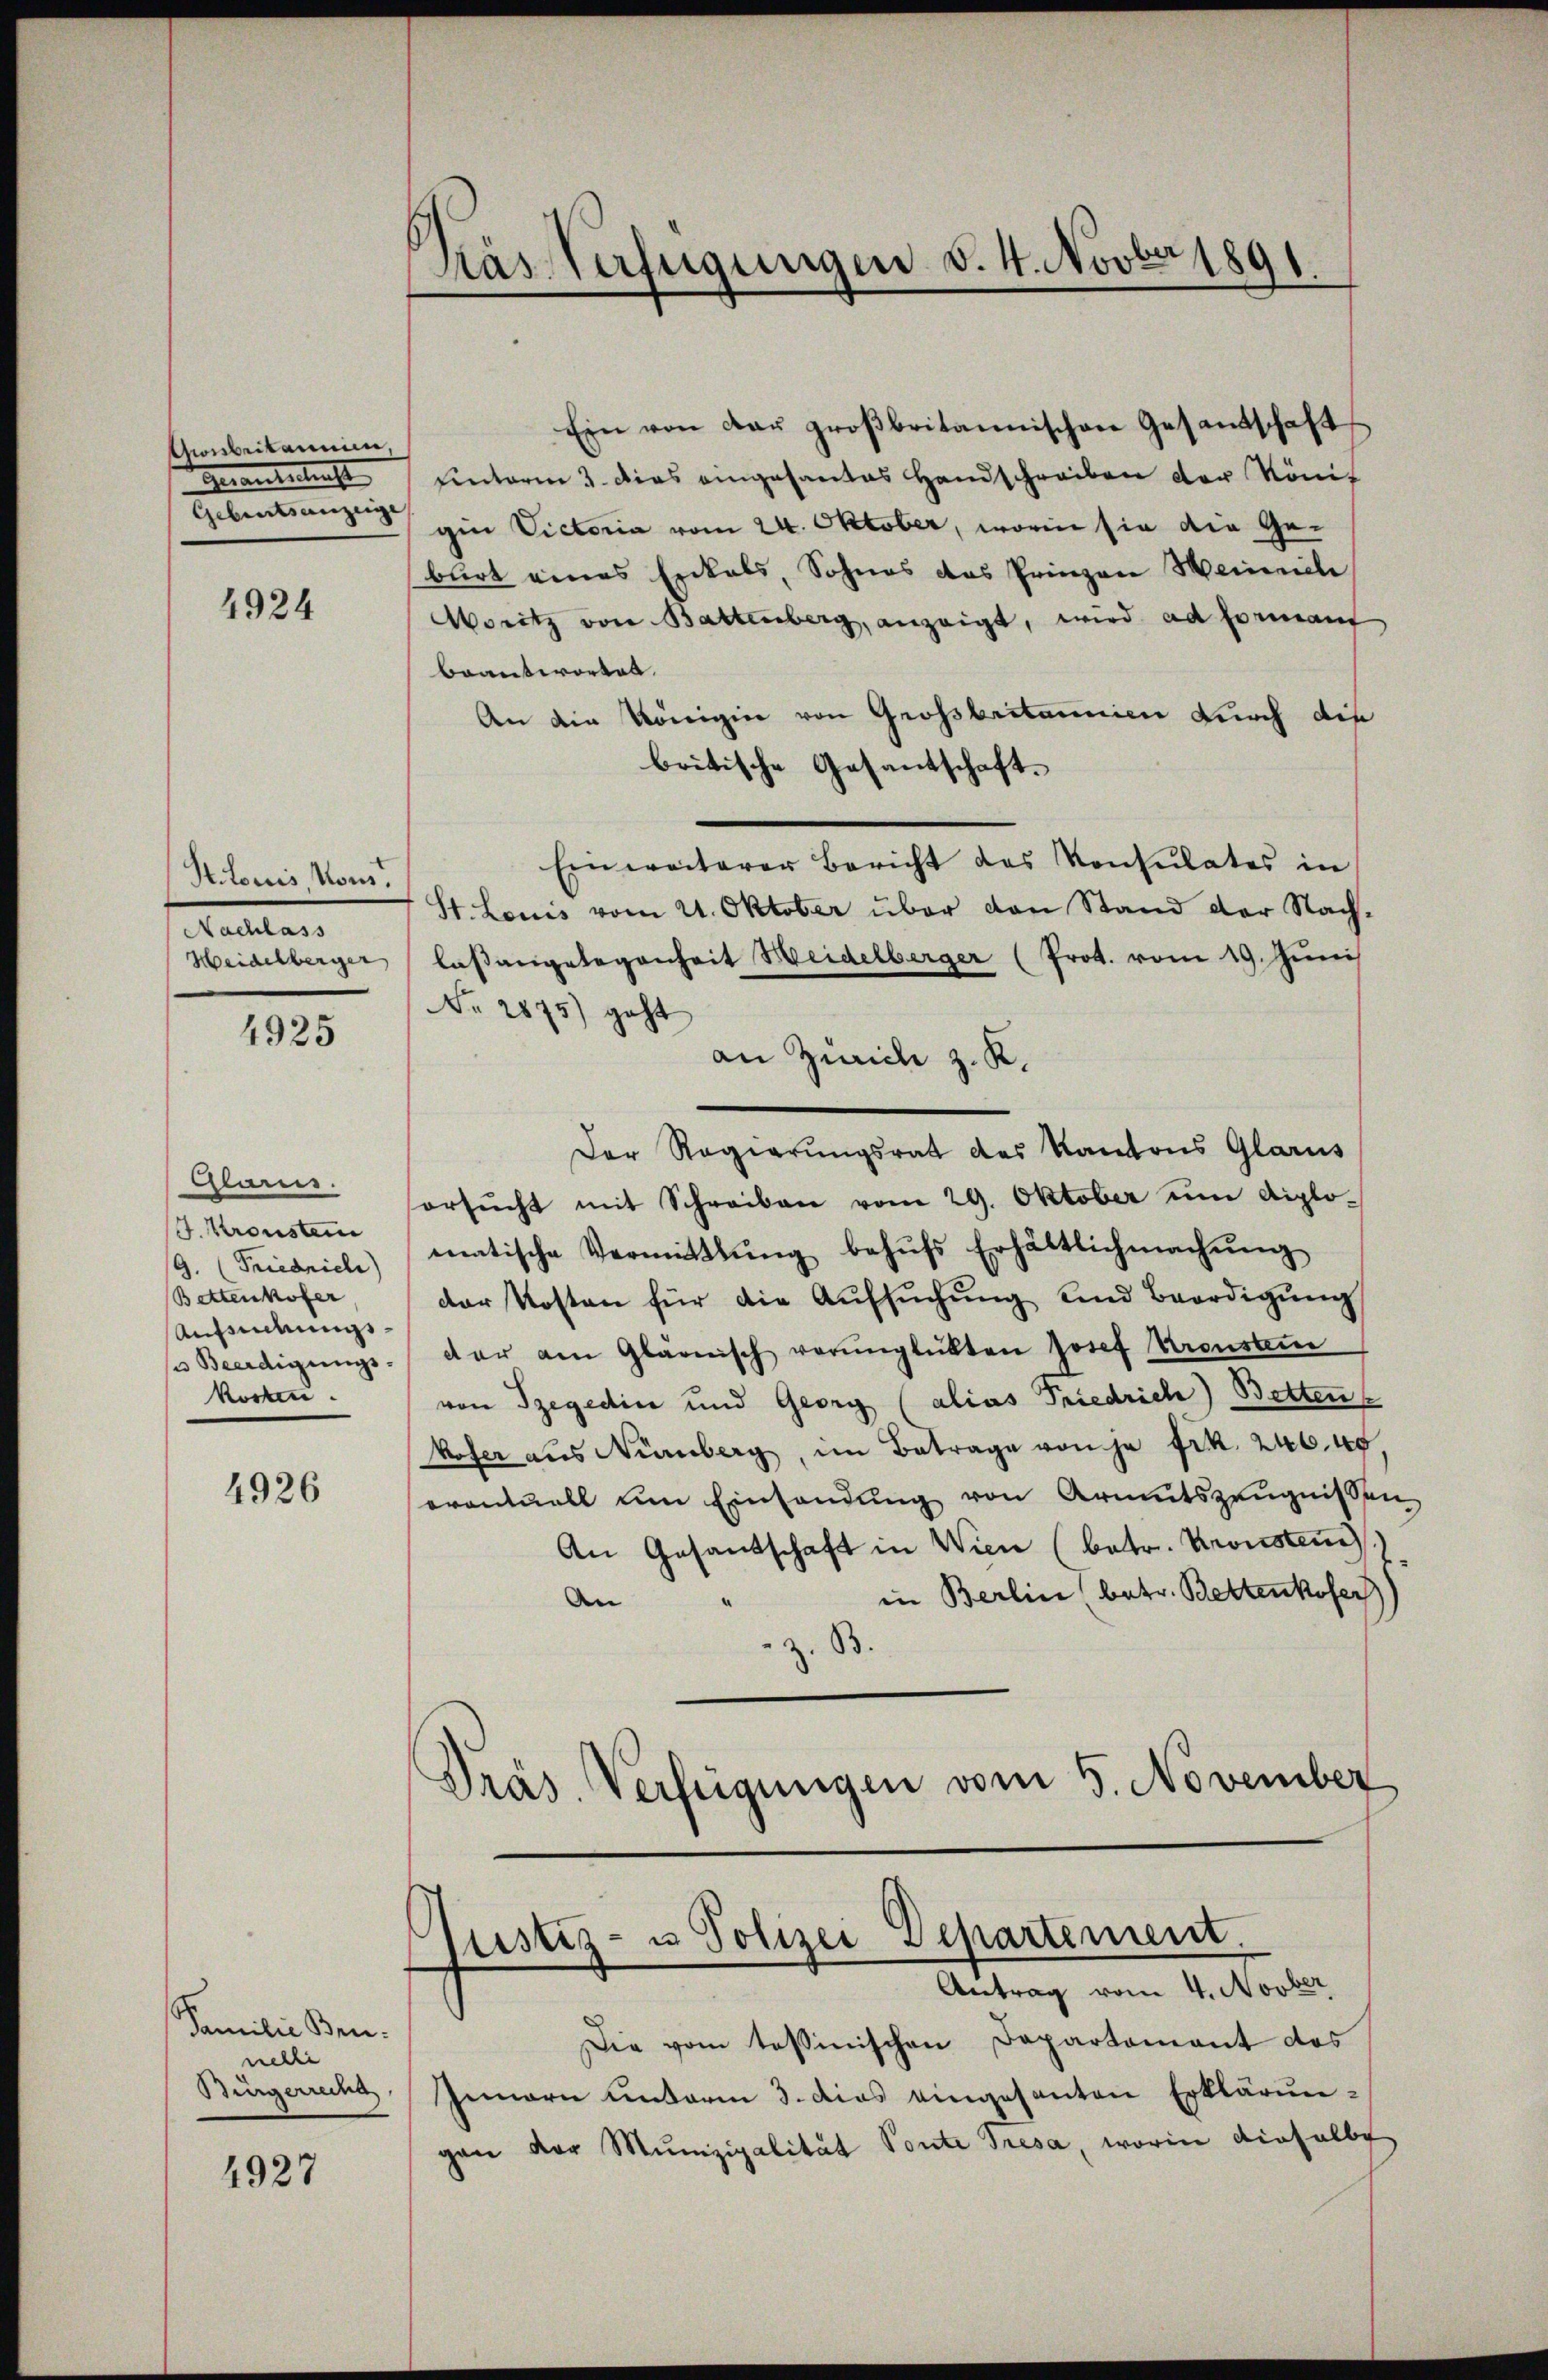
Gionbeikanein,
Gautschicht
Geburtsanzeige |

4924

Potoris Rom.
Nachlass
Heidelberger,

4925

Glarus.
J. Kronstein
/9. (Friedrich
Bettenkofer
Aufsuchungsse Beerdigungs-
korten.

4926

Familie Brunedie
Bürgerrecha

4927

Kas Verfügungen d. 4. Novber 1891

Ein von der groβbritannischen Gesandschaft
Einterm 3. Dies eingesandtes Handschreiben der Köni
gin Victoria vom 24. Oktober, worin sie die Gebart eines Erkals, Sohnes das Prinzen Heinrich
Moritz von Battenberg, anzeigt, wird ad formant
beantwortet.
An die Königier von Grossbritanien durch die
britische Gesantschaft.
Einweiterer Bericht des Konsulates in
St. Louis vom 21. Oktober über den Stand der Nachlassengelegenheit Weidelberger (Prot. vom 19. Juni
No. 2875) geht
an Zürich z. K.
Der Regierungsrat des Kantons Glarus
orsŭcht mit Schreiben vom 29. Oktober um diplo-
matische Vermittlung behŭfs Erhältlichmachŭng
der Kosten für die Aŭfsŭchŭng und Beerdigŭng
et er am Glarnisch verŭnglükten Josef Kreuste
von Szegedice und Georg (alias Friedrich) Betten
kofer aus Nürnberg, im Betrage von je Frk. 240. 40
erontuell um Einsendung von Armutszeŭgnissen
An Gesandtschaft in Wien (betr. Kronsten)
in Berlin betr. Bettenkofer
An
z. B.
Präs. Verfügungen vom 5. November

)
Justiz- u Polizei Departement.
Antrag vom 4. Novber

Die vom tessinischen Departement das
Innern unterm 3. dies eingesanten Erklärungan der Munizipalität Ponte Tresa, worin dieselbs